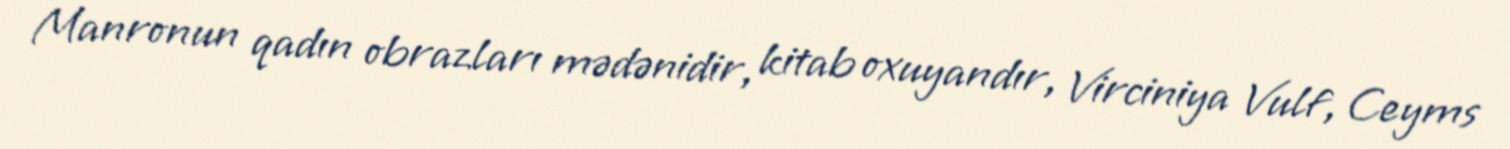
Manronun qadın obrazları mədənidir, kitab oxuyandır, Virciniya Vulf, Ceyms